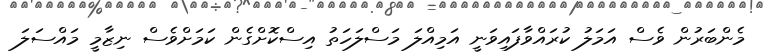
މެންބަރުން ވެސް އަމަލު ކުރައްވާފައިވަނީ އަމިއްލަ މަސްލަހަތު އިސްކޮށްގެން ކަމަށްވެސް ނިޒާމީ މައްސަލަ